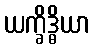
ယက္ခိဒ္ဓိယာ